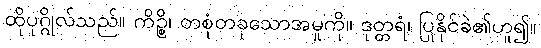
ထိုပုဂ္ဂိုလ်သည်။ ကိဉ္စိ၊ တစုံတခုသောအမှုကို။ ဒုတ္တရံ၊ ပြုနိုင်ခဲ၏ဟူ၍။